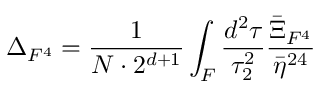
\Delta _ { F ^ { 4 } } = \frac { 1 } { { \cal { N } } \cdot 2 ^ { d + 1 } } \int _ { { \cal F } } \frac { d ^ { 2 } \tau } { \tau _ { 2 } ^ { 2 } } \frac { \bar { \Xi } _ { F ^ { 4 } } } { \bar { \eta } ^ { 2 4 } }